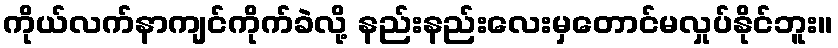
ကိုယ်လက်နာကျင်ကိုက်ခဲလို့ နည်းနည်းလေးမှတောင်မလှုပ်နိုင်ဘူး။